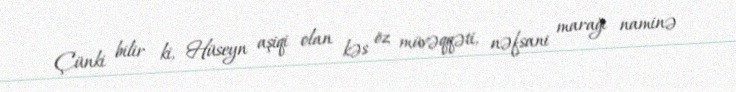
Çünki bilir ki, Hüseyn aşiqi olan kəs öz müvəqqəti, nəfsani marağı naminə